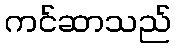
ကင်ဆာသည်